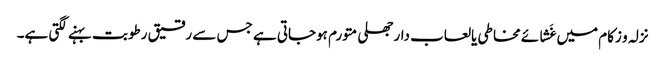
نزلہ و زکام میں غَشائے مخاطی یالعاب دارجھلی متورم ہوجاتی ہے جس سے رقیق رطوبت بہنے لگتی ہے۔